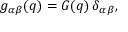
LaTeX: g _ { \alpha \beta } ( q ) = G ( q ) \, \delta _ { \alpha \beta } ,